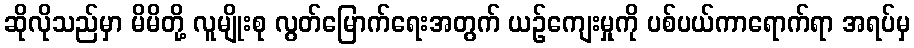
ဆိုလိုသည်မှာ မိမိတို့ လူမျိုးစု လွတ်မြောက်ရေးအတွက် ယဉ်ကျေးမှုကို ပစ်ပယ်ကာရောက်ရာ အရပ်မှ